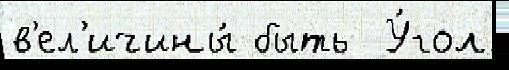
в'ел'ичины́ быть  У́гол